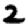
Digit: 2